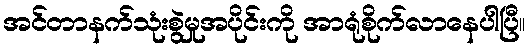
အင်တာနက်သုံးစွဲမှုအပိုင်းကို အာရုံစိုက်လာနေပါပြီ။